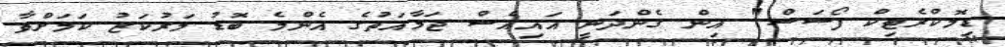
ޑިމޮކްރެޓިކް ފޯސަސް" އިން ގެންދަނީ އައިއެސް ޖަމާއަތުގެ އެންމެ ބޮޑު މަރުކަޒު ކަމަށްވާ